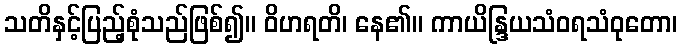
သတိနှင့်ပြည့်စုံသည်ဖြစ်၍။ ဝိဟရတိ၊ နေ၏။ ကာယိန္ဒြယသံဝရသံဝုတော၊